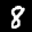
Label: 8